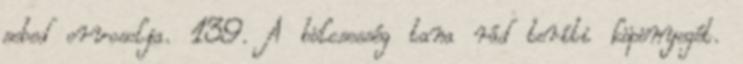
sebed orvosolja. 139. A bölcsesség tana rád teríti köpönyegét.